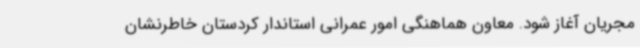
مجریان آغاز شود. معاون هماهنگی امور عمرانی استاندار کردستان خاطرنشان